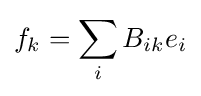
f_{k}=\sum _{i}B_{ik}e_{i}